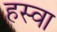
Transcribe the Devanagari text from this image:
हस्वा